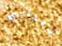
ايجابي